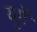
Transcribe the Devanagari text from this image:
युगें